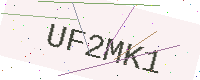
Text: UF2MK1